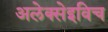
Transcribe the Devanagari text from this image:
अलेक्सेइविच